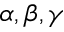
\alpha , \beta , \gamma